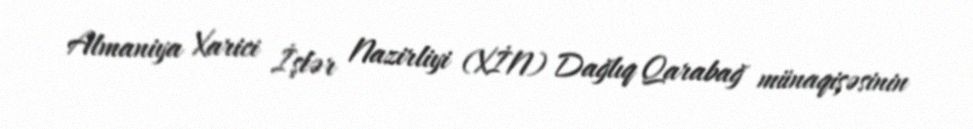
Almaniya Xarici İşlər Nazirliyi (XİN) Dağlıq Qarabağ münaqişəsinin